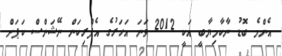
އެންމެ ބޮޑު ނާކާމިޔާބީ އަކީ 2012 ވަނަ އަހަރުގެ އެފްރިކަން ނޭޝަންސް ކަޕަށް